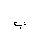
Letter: _ba